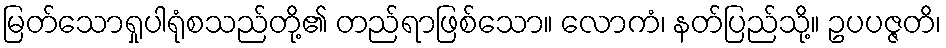
မြတ်သောရှုပါရုံစသည်တို့၏ တည်ရာဖြစ်သော။ လောကံ၊ နတ်ပြည်သို့။ ဥပပဇ္ဇတိ၊